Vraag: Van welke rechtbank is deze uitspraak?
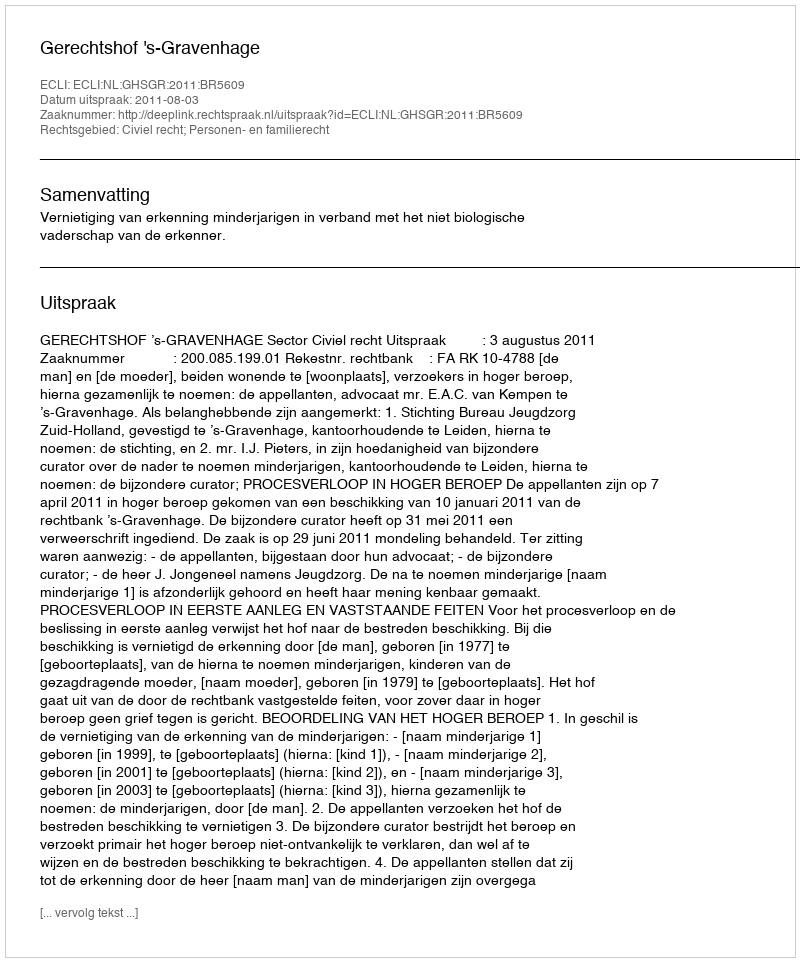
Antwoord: Gerechtshof 's-Gravenhage